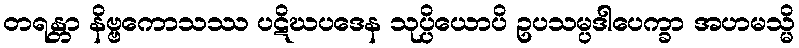
တရန္တာ နိဗ္ဗကောသဿ ပဋိဃပဒေန သုပ္ပိယောပိ ဥပသမ္ပဒါပေက္ခာ အဟမသ္မိ